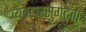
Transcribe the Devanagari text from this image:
व्यवहारसुगढ़ता